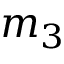
m _ { 3 }